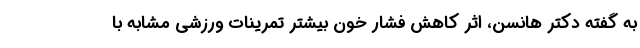
به گفته دکتر هانسن، اثر کاهش فشار خون بیشتر تمرینات ورزشی مشابه با